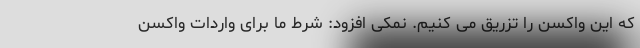
که این واکسن را تزریق می کنیم. نمکی افزود:‌ شرط ما برای واردات واکسن